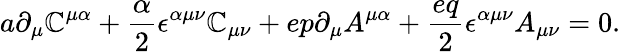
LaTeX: a\partial_{\mu}\mathbb{C}^{\mu\alpha}+{\frac{{\alpha}}{{2}}}\epsilon^{\alpha\mu\nu}\mathbb{C}_{\mu\nu}+ep\partial_{\mu}A^{\mu\alpha}+{\frac{{eq}}{{2}}}\epsilon^{\alpha\mu\nu}A_{\mu\nu}=0.